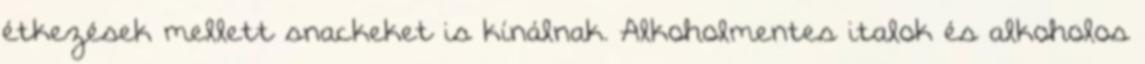
étkezések mellett snackeket is kínálnak. Alkoholmentes italok és alkoholos